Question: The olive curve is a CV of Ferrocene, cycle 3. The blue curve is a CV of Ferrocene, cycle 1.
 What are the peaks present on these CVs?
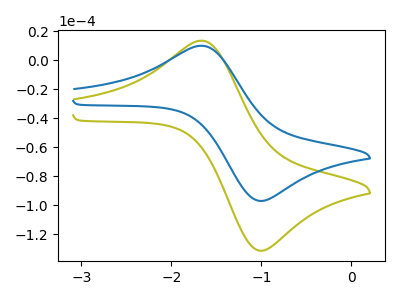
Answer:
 <answer>The olive curve "Ferrocene, cycle 3" has an anodic peak at (-1.65V, 13.40uA) and a cathodic peak at (-0.95V, -131.15uA). The blue curve "Ferrocene, cycle 1" has an anodic peak at (-1.65V, 9.90uA) and a cathodic peak at (-0.95V, -96.90uA).</answer>
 <eval></eval>